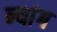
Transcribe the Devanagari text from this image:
न्यांग